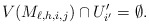
\begin{align*}V(M_{\ell,h,i,j})\cap U_{i'}'=\emptyset.\end{align*}